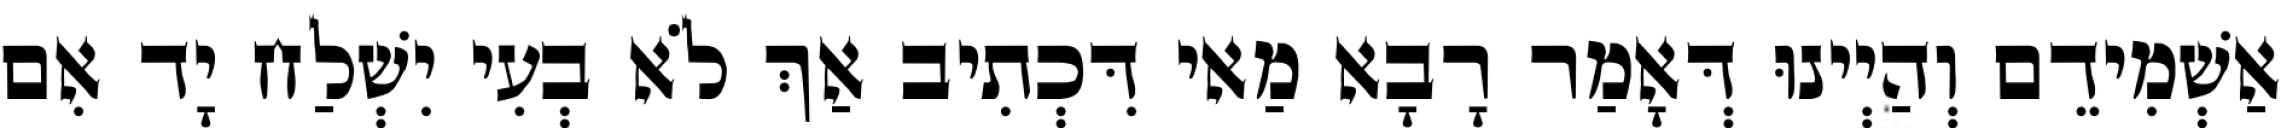
אַשְׁמִידֵם וְהַיְינוּ דְּאָמַר רָבָא מַאי דִּכְתִיב אַךְ לֹא בְעִי יִשְׁלַח יָד אִם